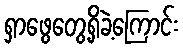
ရှာဖွေတွေ့ရှိခဲ့ကြောင်း